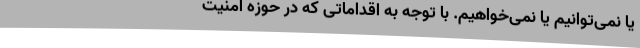
یا نمی‌توانیم یا نمی‌خواهیم. با توجه به اقداماتی که در حوزه امنیت